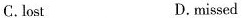
C.lost D. missed